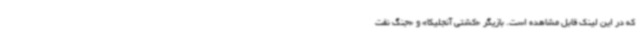
که در این لینک قابل مشاهده است. بازیگر «کشتی آنجلیکا» و «جنگ نفت‌